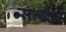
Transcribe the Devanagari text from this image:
सन्कार